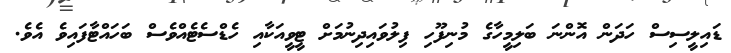
ޑައިލީސިސް ހަދަން އޮންނަ ބަލިމީހާގެ މުނިފޫހި ފިލުވައިދިނުމަށް ޓީވީއަކާއި ހެޑްސެޓެއްވެސް ބަހައްޓާފައިވެ އެވެ.